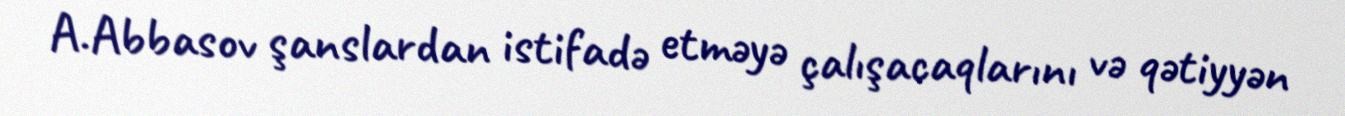
A.Abbasov şanslardan istifadə etməyə çalışacaqlarını və qətiyyən